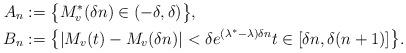
LaTeX: \begin{align*}A_n&:=\big\{M^*_v(\delta n)\in(-\delta,\delta)\big\},\\B_n&:=\big\{|M_v(t)-M_v(\delta n)|<\delta e^{(\lambda^*-\lambda)\delta n}t\in[\delta n,\delta(n+1)]\big\}.\end{align*}